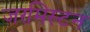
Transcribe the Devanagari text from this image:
जरमिस्टन